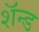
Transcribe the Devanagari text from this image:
शॅन्ड